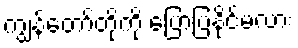
ကျွန်တော်တို့ကို ပြောပြနိုင်မလား